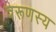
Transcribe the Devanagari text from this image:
वरूणस्य